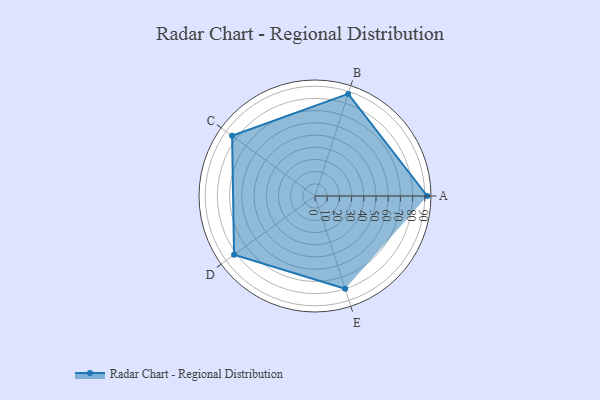
{"axis": {"x": "Skill", "y": "Score"}, "legend": ["Profile"], "data": [{"x": "A", "y": 92.0, "type": "Profile"}, {"x": "B", "y": 88.0, "type": "Profile"}, {"x": "C", "y": 84.0, "type": "Profile"}, {"x": "D", "y": 82.0, "type": "Profile"}, {"x": "E", "y": 80.0, "type": "Profile"}]}